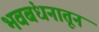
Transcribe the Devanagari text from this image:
भवबंधनातून